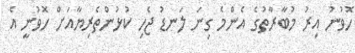
ހޮވުނު އިރު މުބާރާތުގެ އެންމެ ގިނަ ލަނޑު ޖެހި ކުޅުންތެރިޔާއަށް ހޮވުނީ އެ